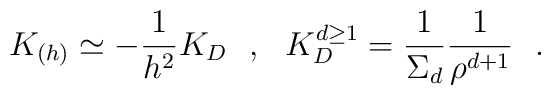
K_{(h)}\simeq - {1\over h^2} K_D~~,~~K_D^{d\geq 1}={1\over \Sigma_d}{1\over \rho^{d+1}}~~.